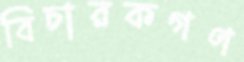
বিচারকগণ